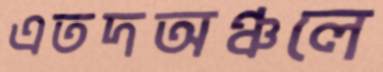
এতদঅঞ্চলে